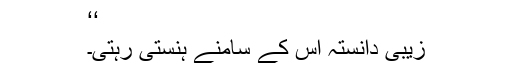
‘‘
زیبی دانستہ اس کے سامنے ہنستی رہتی۔